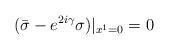
LaTeX: \begin{align*}({\bar \sigma}-e^{2i\gamma}\sigma)|_{x^1=0}=0\end{align*}